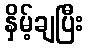
နှိမ့်ချပြီး